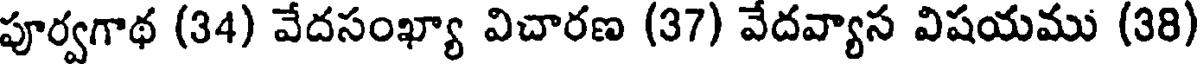
పూర్వగాథ (34) వేదసంఖ్యా విచారణ (37) వేదవ్యాస విషయము (38)